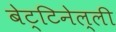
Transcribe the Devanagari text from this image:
बेट्टिनेल्ली